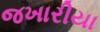
જખારીયા